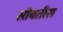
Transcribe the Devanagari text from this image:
सोबतीस